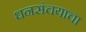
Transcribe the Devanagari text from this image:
धनसंचयाचा